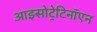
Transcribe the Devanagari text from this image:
आइसोट्रेटिनॉएन